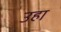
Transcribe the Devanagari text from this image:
उहा